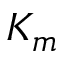
K _ { m }